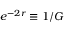
e ^ { - 2 r } \equiv 1 / G